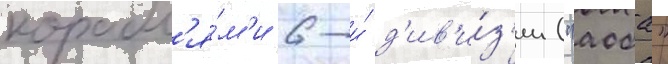
корабл'я́м'и 6-и́ д'ив'и́з'ии ("аоба"